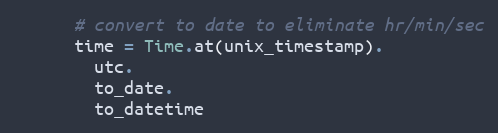
Language: Ruby
      # convert to date to eliminate hr/min/sec
      time = Time.at(unix_timestamp).
        utc.
        to_date.
        to_datetime